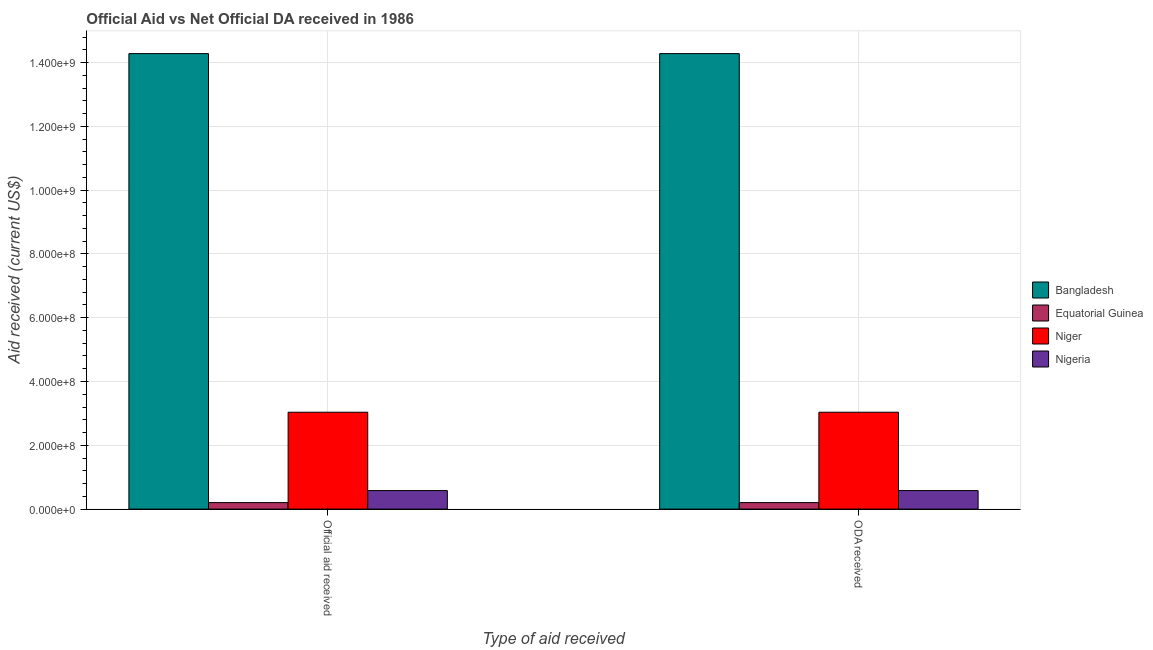
| Type of aid received | Bangladesh | Equatorial Guinea | Niger | Nigeria |
 | --- | --- | --- | --- | --- |
 | Official aid received | 1.43e+09 | 2.04e+07 | 3.04e+08 | 5.81e+07 |
 | ODA received | 1.43e+09 | 2.04e+07 | 3.04e+08 | 5.81e+07 |